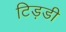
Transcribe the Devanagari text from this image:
टिड़डी